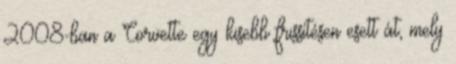
2008-ban a Corvette egy kisebb frissítésen esett át, mely